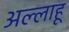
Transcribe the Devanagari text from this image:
अल्लाहू